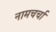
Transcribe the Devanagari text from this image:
नामचर्चा